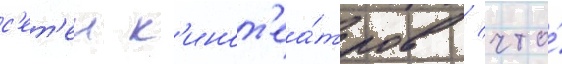
с'ет'еи к'инот'еа́тров / что́